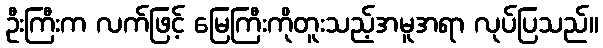
ဦးကြီးက လက်ဖြင့် မြေကြီးကိုတူးသည့်အမူအရာ လုပ်ပြသည်။